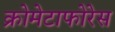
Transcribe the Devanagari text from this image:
क्रोमेटाफोरेस